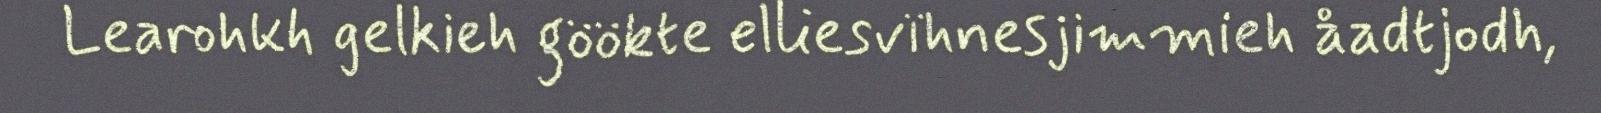
Learohkh gelkieh göökte elliesvïhnesjimmieh åadtjodh,